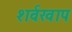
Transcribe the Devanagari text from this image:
शर्वखाप